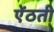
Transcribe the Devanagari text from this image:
ऐंठती